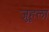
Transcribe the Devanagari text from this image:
जुहूला